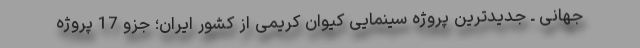
جهانی ـ جدیدترین پروژه سینمایی کیوان کریمی از کشور ایران؛ جزو 17 پروژه